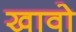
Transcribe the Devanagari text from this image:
खावो